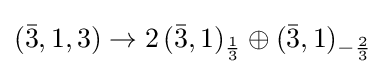
({\bar {3}},1,3)\rightarrow 2\,({\bar {3}},1)_{\frac {1}{3}}\oplus ({\bar {3}},1)_{-{\frac {2}{3}}}